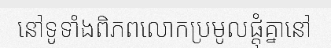
នៅទូទាំងពិភពលោកប្រមូលផ្តុំគ្នានៅ